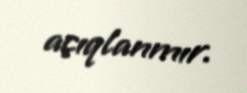
açıqlanmır.